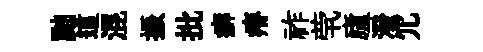
黜這混振批癖瘠祚茕廬潑冗